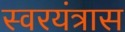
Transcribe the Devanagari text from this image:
स्वरयंत्रास